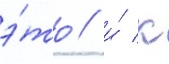
э́то / и́ к